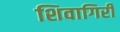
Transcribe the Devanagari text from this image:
शिवागिरी